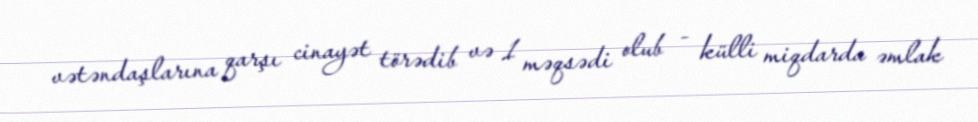
vətəndaşlarına qarşı cinayət törədib və 1 məqsədi olub - külli miqdarda əmlak